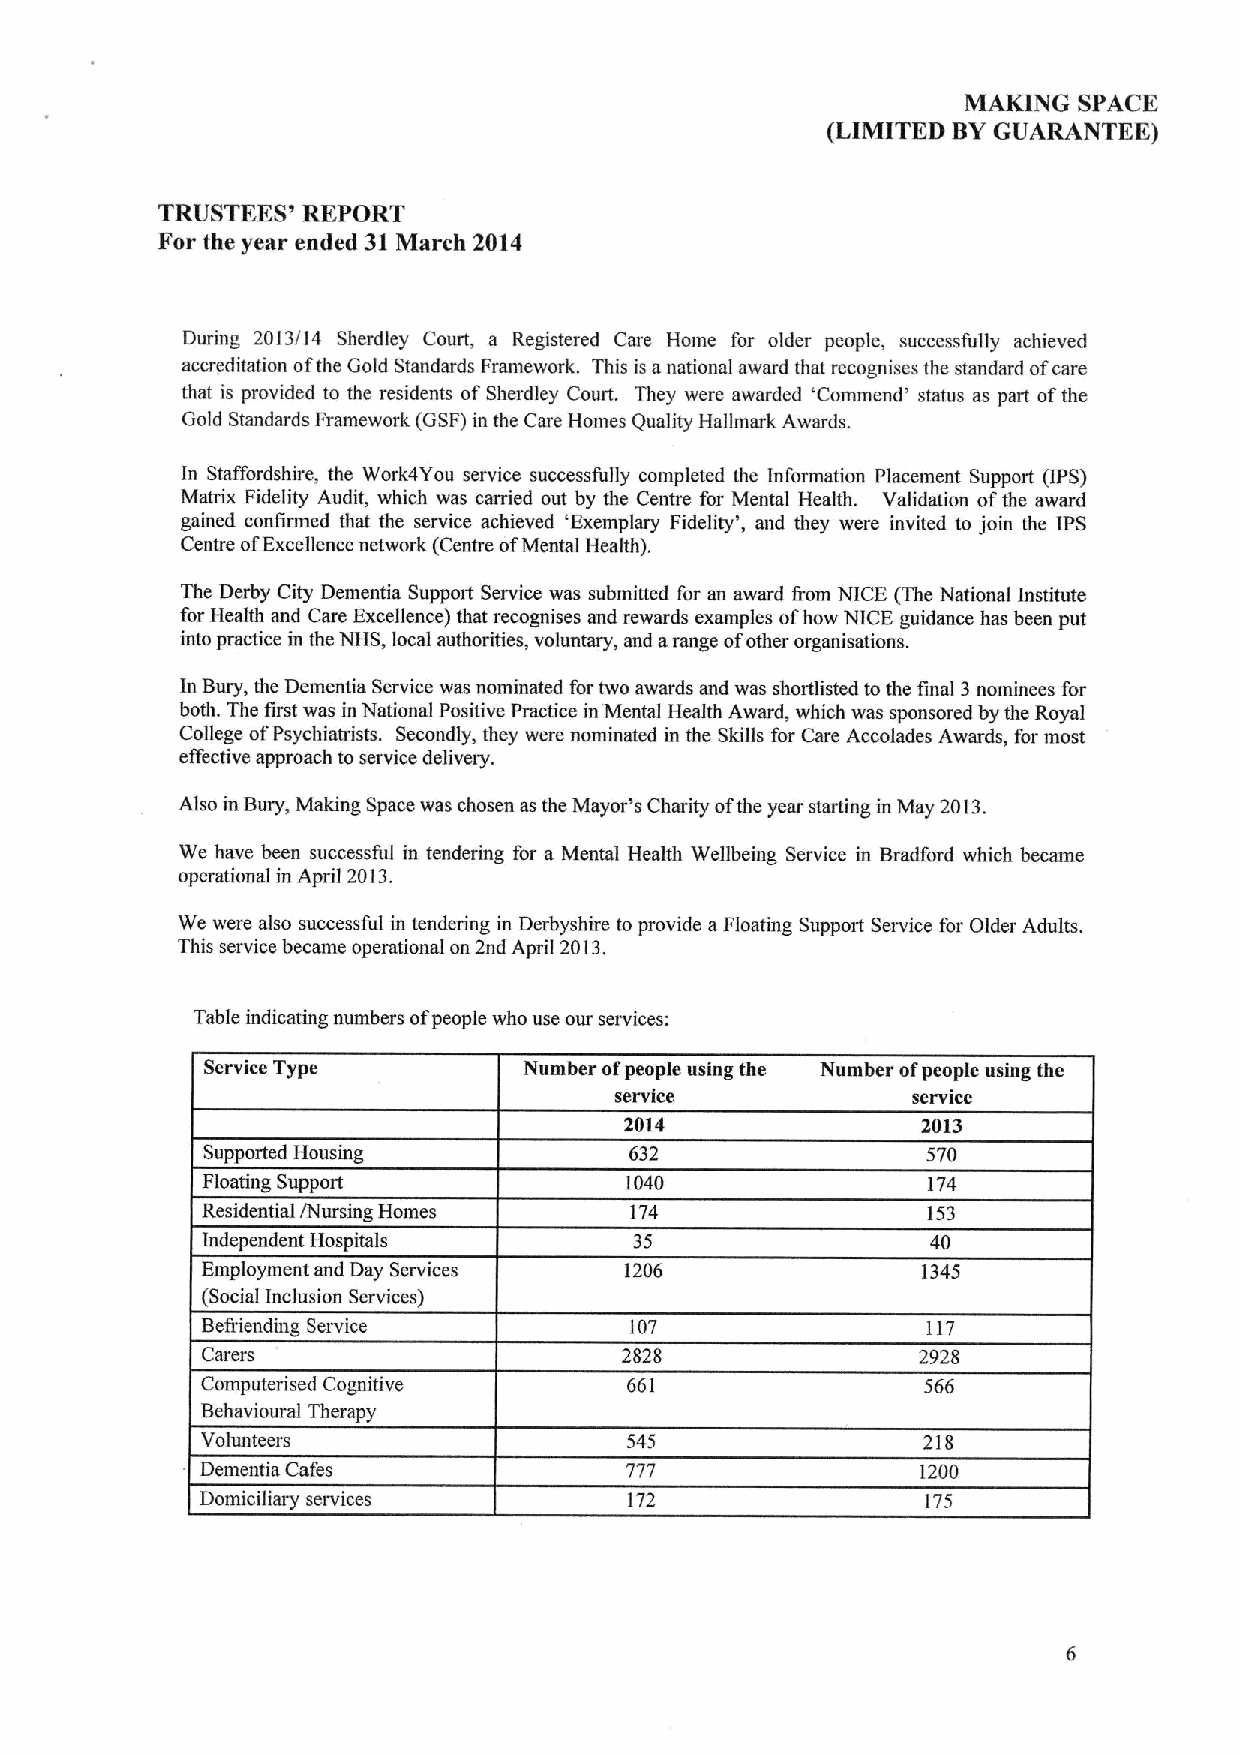
MAKING SPACE
 (LIMITED BYGUARANTEE)
 TRUSTEES' REPORT
 For the year ended 31March 2014
 During 2013/14 Sherdley Court, a Registered Care Home for older people, successfully achieved
 accreditation ofthe Gold Standards Framework. This is anational award that recognises the standard ofcare
 that is provided to the residents ofSherdley Court. They were awarded 'Commend' status as part ofthe
 Gold Standards Framework (GSF)in the Care Homes Quality Hallmark Awards.
 In Staffordshire, the Work4You service successfully completed the Information Placement Support (IPS)
 Matrix Fidelity Audit, which was carried out by the Centre for Mental Health. Validation ofthe award
 gained confirmed that the service achieved 'Exemplary Fidelity', and they were invited to join the IPS
 Centre ofExcellence network (Centre ofMental Health).
 The Derby City Dementia Support Service was submitted for an award from NICE (The National Institute
 for Health and Care Excellence) that recognises and rewards examples ofhow NICE guidance has been put
 into practice in the NHS, local authorities, voluntary, and arange ofother organisations.
 In Bury, the Dementia Service was nominated for two awards and was shortlisted to the final 3nominees for
 both. The first was in National Positive Practice in Mental Health Award, which was sponsored by the Royal
 College ofPsychiatrists. Secondly, they were nominated in the Skills for Care Accolades Awards, for most
 eifective approach to service delivery.
 Also in Bury, Making Space was chosen as the Mayor's Charity ofthe year starting in May 2013.
 We have been successful in tendering for a Mental Health Wellbeing Service in Bradford which became
 operational in April 2013.
 We were also successful in tendering in Derbyshire to provide aFloating Support Service for Older Adults.
 This service became operational on 2nd April 2013.
 Table indicating numbers ofpeople who use our services:
 Service Type         Number ofpeople using the Number ofpeople using the
 service            service
 2014                2013
 Supported Housing            632                570
 Floating Support            1040                174
 Residential /Nursing Homes   174                153
 Independent Hospitals        35                  40
 Employment and Day Services 1206                1345
 (Social Inclusion Services)
 Befriending Service          107                117
 Carers                      2828                2928
 Computerised Cognitive       661                566
 Behavioural Therapy
 Volunteers                   545                218
 Dementia Cafes              777                 1200
 Domiciliary services         172                175